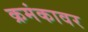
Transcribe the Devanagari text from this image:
क्रमंकावर